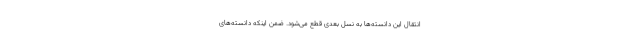
انتقال این دانسته‌ها به نسل بعدی قطع می‌شود. ضمن اینکه دانسته‌های